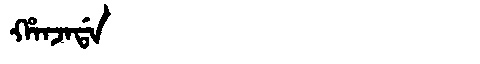
Manchu: ᡥᠠᠨᠵᠠᡩᠠ
Romanization: HANJADA